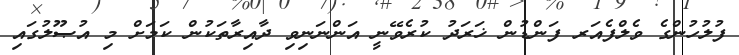
ފުލުހުންގެ ވެލްފެއަރ ފަންޑުން ޚަރަދު ކުރެވޭނީ އަންނަނިވި ދާއިރާތަކުން ކަމަށް މި އުޞޫލުގައި